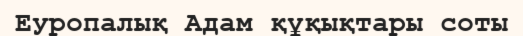
Еуропалық Адам құқықтары соты